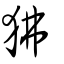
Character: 狒